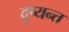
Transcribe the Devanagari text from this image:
दु्ष्यन्त